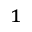
_ 1